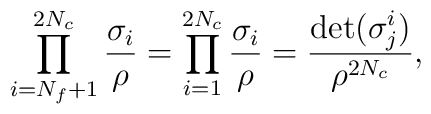
\prod_{i=N_f+1}^{2N_c}\frac{\sigma_i}{\rho}  =\prod_{i=1}^{2N_c}\frac{\sigma_i}{\rho}  =\frac{\det (\sigma^i_j)}{\rho^{2N_c}},